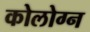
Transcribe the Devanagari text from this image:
कोलोग्न